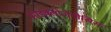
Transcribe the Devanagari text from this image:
साइक्लोजेनीसिस